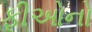
ફીઓનો